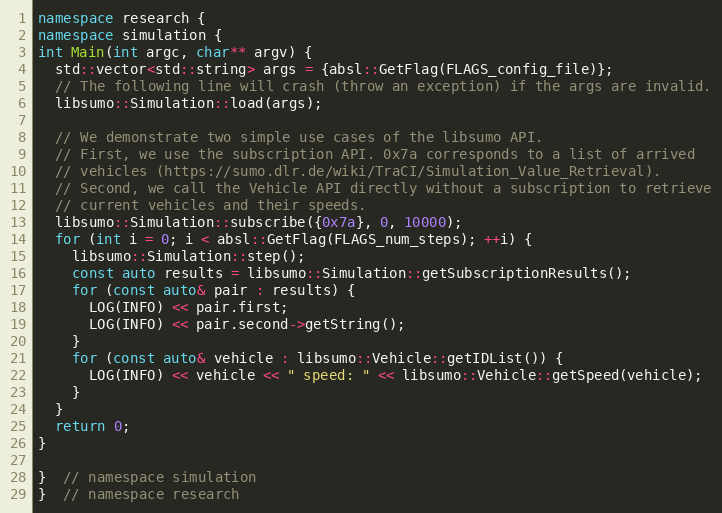
Language: C++
namespace research {
namespace simulation {
int Main(int argc, char** argv) {
  std::vector<std::string> args = {absl::GetFlag(FLAGS_config_file)};
  // The following line will crash (throw an exception) if the args are invalid.
  libsumo::Simulation::load(args);

  // We demonstrate two simple use cases of the libsumo API.
  // First, we use the subscription API. 0x7a corresponds to a list of arrived
  // vehicles (https://sumo.dlr.de/wiki/TraCI/Simulation_Value_Retrieval).
  // Second, we call the Vehicle API directly without a subscription to retrieve
  // current vehicles and their speeds.
  libsumo::Simulation::subscribe({0x7a}, 0, 10000);
  for (int i = 0; i < absl::GetFlag(FLAGS_num_steps); ++i) {
    libsumo::Simulation::step();
    const auto results = libsumo::Simulation::getSubscriptionResults();
    for (const auto& pair : results) {
      LOG(INFO) << pair.first;
      LOG(INFO) << pair.second->getString();
    }
    for (const auto& vehicle : libsumo::Vehicle::getIDList()) {
      LOG(INFO) << vehicle << " speed: " << libsumo::Vehicle::getSpeed(vehicle);
    }
  }
  return 0;
}

}  // namespace simulation
}  // namespace research